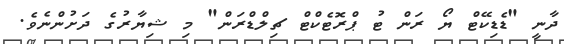
ދާނީ "ޑެޑިކޭޓް ޔޯ ރަން ޓު ޕްރޮޓެކްޓް ޗިލްޑްރަން" މި ޝިޔާރުގެ ދަށުންނެވެ.